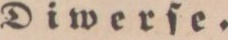
Diwerſe.